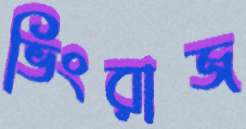
ভিংরাজ